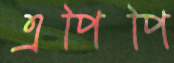
এপিপি